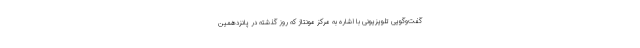
گفت‌وگویی تلویزیونی با اشاره به مرکز مونتاژ که روز گذشته در پانزدهمین